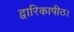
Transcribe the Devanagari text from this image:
द्वारिकापीठ।